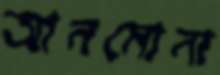
আনমোনা